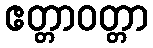
ဧတ္တာဝတ္တာ